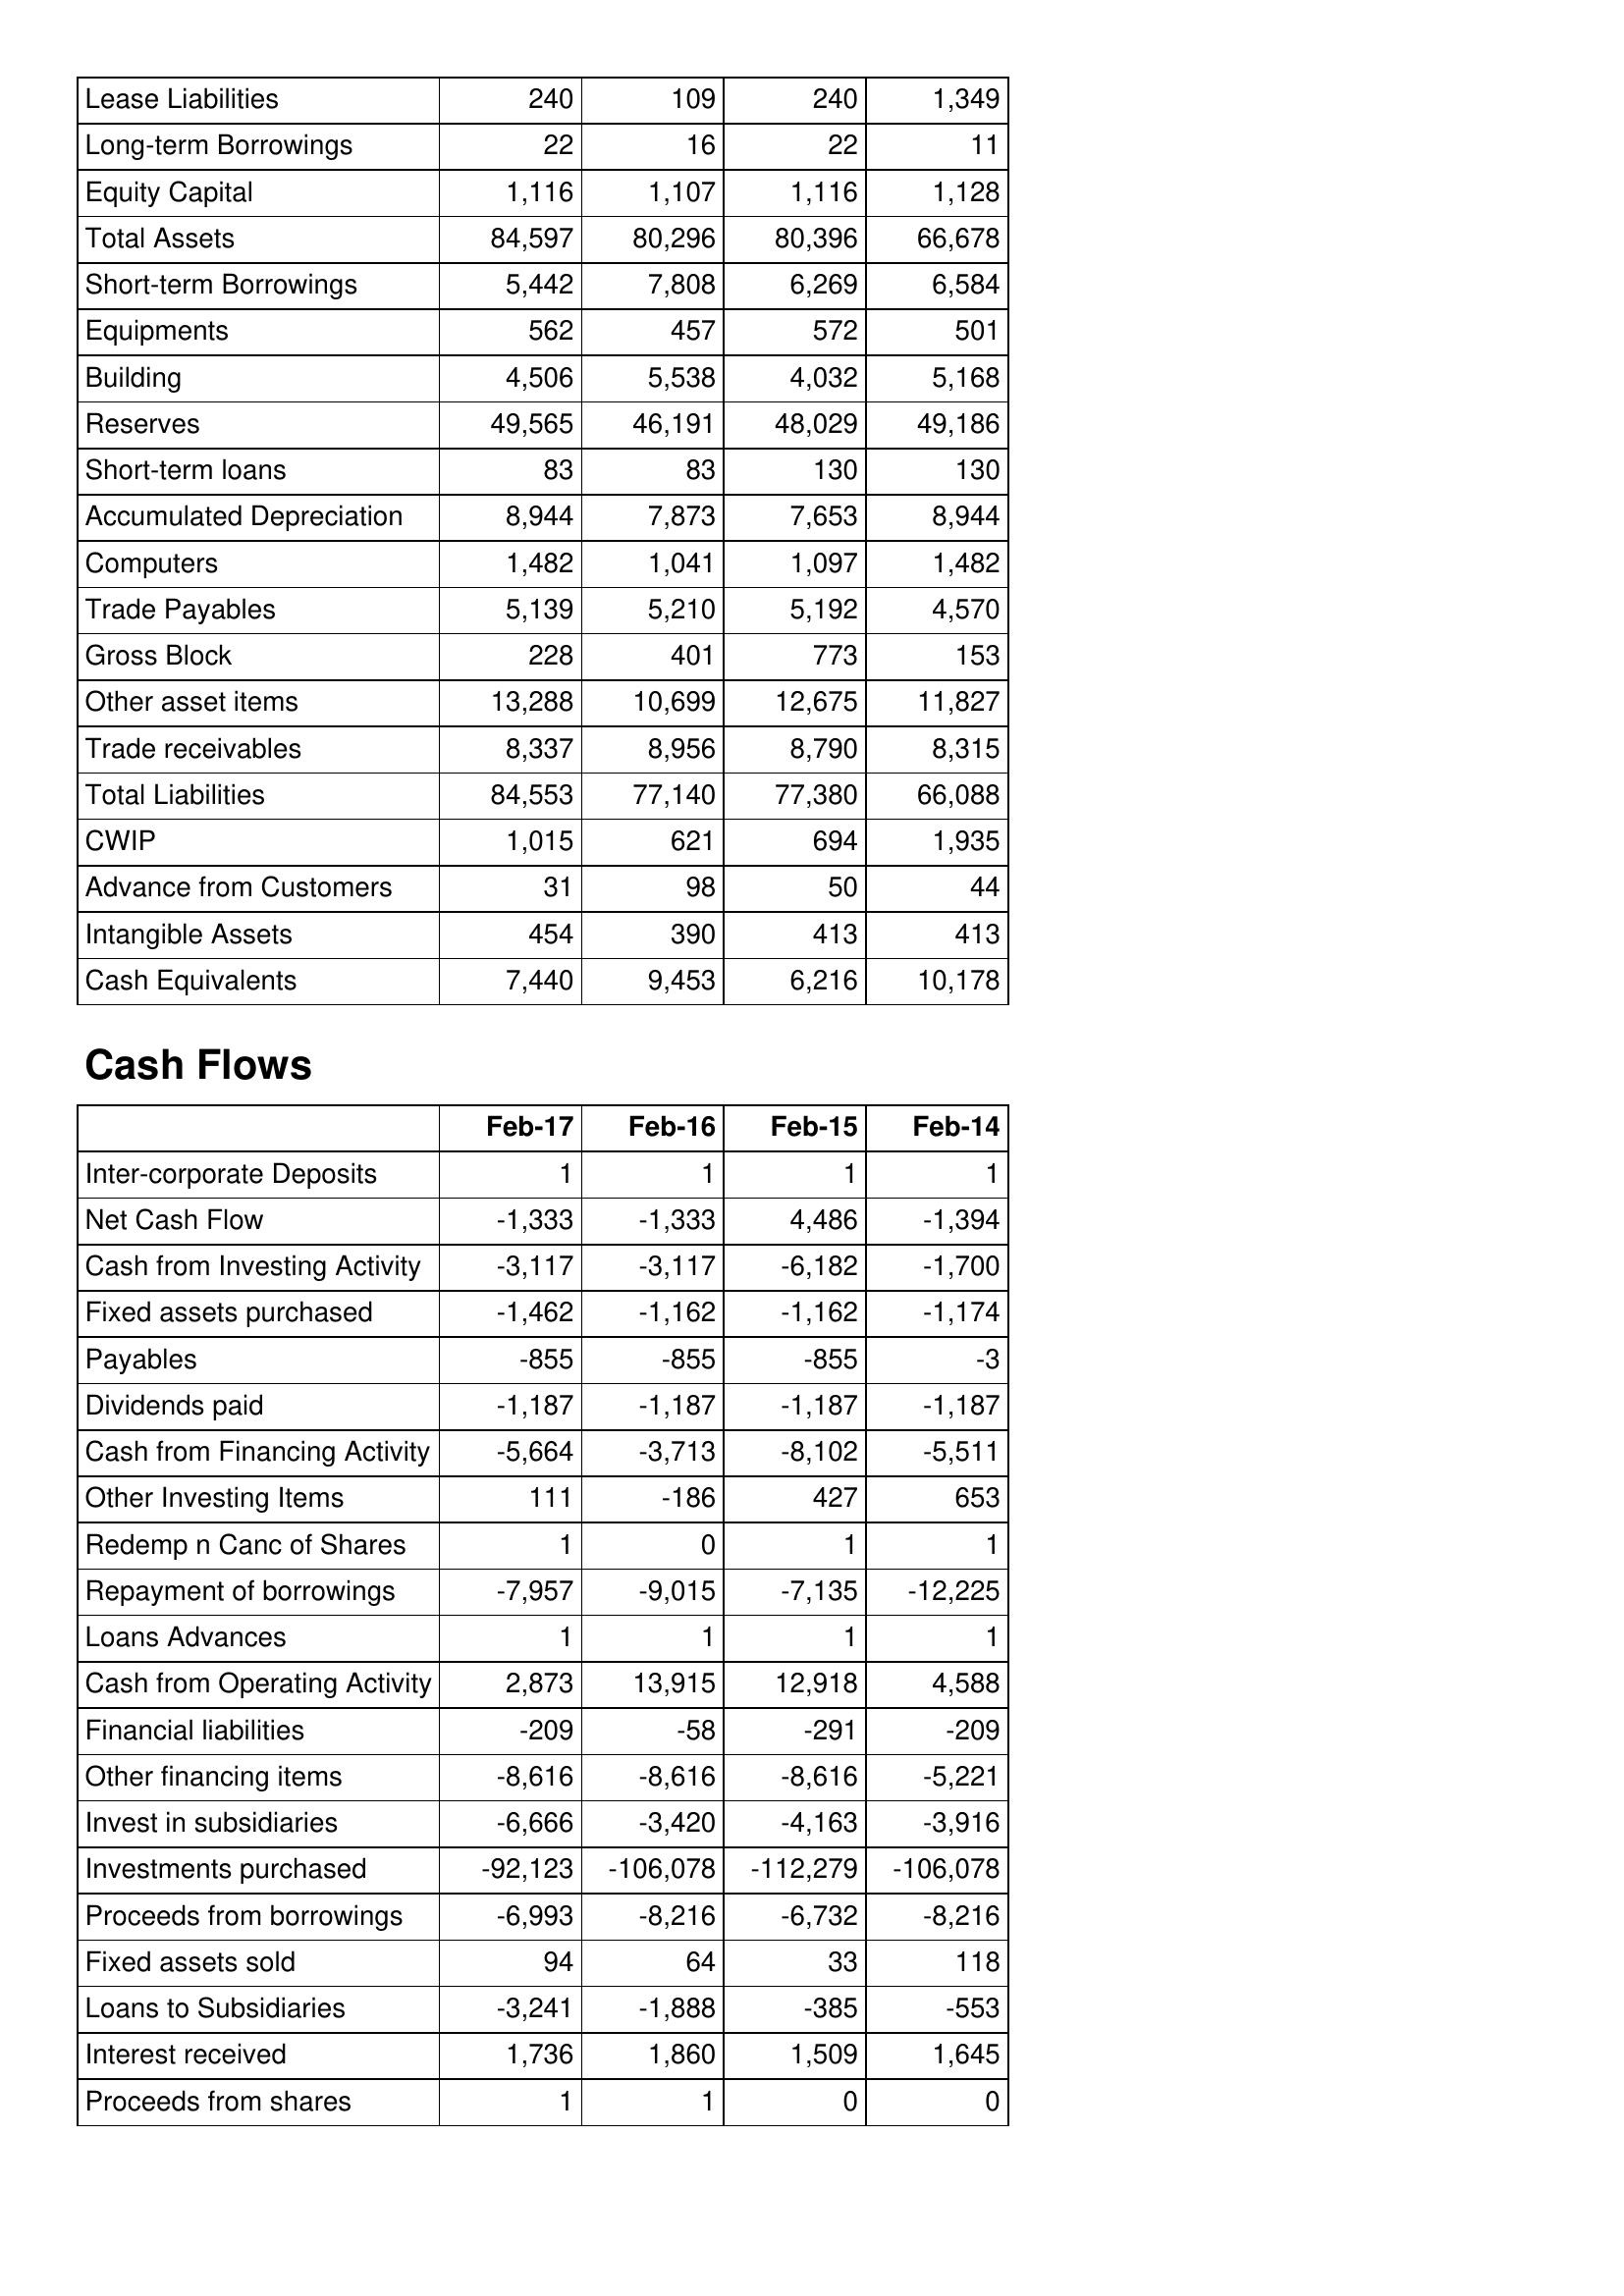
Feb-17: Balance Sheet: Lease Liabilities: 240
Long-term Borrowings: 22
Equity Capital: 1,116
Total Assets: 84,597
Short-term Borrowings: 5,442
Equipments: 562
Building: 4,506
Reserves: 49,565
Short-term loans: 83
Accumulated Depreciation: 8,944
Computers: 1,482
Trade Payables: 5,139
Gross Block: 228
Other asset items: 13,288
Trade receivables: 8,337
Total Liabilities: 84,553
CWIP: 1,015
Advance from Customers: 31
Intangible Assets: 454
Cash Equivalents: 7,440
Cash Flows: Inter-corporate Deposits: 1
Net Cash Flow: -1,333
Cash from Investing Activity: -3,117
Fixed assets purchased: -1,462
Payables: -855
Dividends paid: -1,187
Cash from Financing Activity: -5,664
Other Investing Items: 111
Redemp n Canc of Shares: 1
Repayment of borrowings: -7,957
Loans Advances: 1
Cash from Operating Activity: 2,873
Financial liabilities: -209
Other financing items: -8,616
Invest in subsidiaries: -6,666
Investments purchased: -92,123
Proceeds from borrowings: -6,993
Fixed assets sold: 94
Loans to Subsidiaries: -3,241
Interest received: 1,736
Proceeds from shares: 1
Feb-16: Balance Sheet: Lease Liabilities: 109
Long-term Borrowings: 16
Equity Capital: 1,107
Total Assets: 80,296
Short-term Borrowings: 7,808
Equipments: 457
Building: 5,538
Reserves: 46,191
Short-term loans: 83
Accumulated Depreciation: 7,873
Computers: 1,041
Trade Payables: 5,210
Gross Block: 401
Other asset items: 10,699
Trade receivables: 8,956
Total Liabilities: 77,140
CWIP: 621
Advance from Customers: 98
Intangible Assets: 390
Cash Equivalents: 9,453
Cash Flows: Inter-corporate Deposits: 1
Net Cash Flow: -1,333
Cash from Investing Activity: -3,117
Fixed assets purchased: -1,162
Payables: -855
Dividends paid: -1,187
Cash from Financing Activity: -3,713
Other Investing Items: -186
Redemp n Canc of Shares: 0
Repayment of borrowings: -9,015
Loans Advances: 1
Cash from Operating Activity: 13,915
Financial liabilities: -58
Other financing items: -8,616
Invest in subsidiaries: -3,420
Investments purchased: -106,078
Proceeds from borrowings: -8,216
Fixed assets sold: 64
Loans to Subsidiaries: -1,888
Interest received: 1,860
Proceeds from shares: 1
Feb-15: Balance Sheet: Lease Liabilities: 240
Long-term Borrowings: 22
Equity Capital: 1,116
Total Assets: 80,396
Short-term Borrowings: 6,269
Equipments: 572
Building: 4,032
Reserves: 48,029
Short-term loans: 130
Accumulated Depreciation: 7,653
Computers: 1,097
Trade Payables: 5,192
Gross Block: 773
Other asset items: 12,675
Trade receivables: 8,790
Total Liabilities: 77,380
CWIP: 694
Advance from Customers: 50
Intangible Assets: 413
Cash Equivalents: 6,216
Cash Flows: Inter-corporate Deposits: 1
Net Cash Flow: 4,486
Cash from Investing Activity: -6,182
Fixed assets purchased: -1,162
Payables: -855
Dividends paid: -1,187
Cash from Financing Activity: -8,102
Other Investing Items: 427
Redemp n Canc of Shares: 1
Repayment of borrowings: -7,135
Loans Advances: 1
Cash from Operating Activity: 12,918
Financial liabilities: -291
Other financing items: -8,616
Invest in subsidiaries: -4,163
Investments purchased: -112,279
Proceeds from borrowings: -6,732
Fixed assets sold: 33
Loans to Subsidiaries: -385
Interest received: 1,509
Proceeds from shares: 0
Feb-14: Balance Sheet: Lease Liabilities: 1,349
Long-term Borrowings: 11
Equity Capital: 1,128
Total Assets: 66,678
Short-term Borrowings: 6,584
Equipments: 501
Building: 5,168
Reserves: 49,186
Short-term loans: 130
Accumulated Depreciation: 8,944
Computers: 1,482
Trade Payables: 4,570
Gross Block: 153
Other asset items: 11,827
Trade receivables: 8,315
Total Liabilities: 66,088
CWIP: 1,935
Advance from Customers: 44
Intangible Assets: 413
Cash Equivalents: 10,178
Cash Flows: Inter-corporate Deposits: 1
Net Cash Flow: -1,394
Cash from Investing Activity: -1,700
Fixed assets purchased: -1,174
Payables: -3
Dividends paid: -1,187
Cash from Financing Activity: -5,511
Other Investing Items: 653
Redemp n Canc of Shares: 1
Repayment of borrowings: -12,225
Loans Advances: 1
Cash from Operating Activity: 4,588
Financial liabilities: -209
Other financing items: -5,221
Invest in subsidiaries: -3,916
Investments purchased: -106,078
Proceeds from borrowings: -8,216
Fixed assets sold: 118
Loans to Subsidiaries: -553
Interest received: 1,645
Proceeds from shares: 0